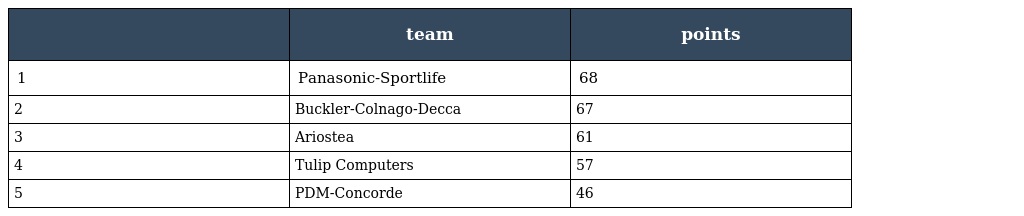
|  | team | points |
 | --- | --- | --- |
 | 1 | Panasonic-Sportlife | 68 |
 | 2 | Buckler-Colnago-Decca | 67 |
 | 3 | Ariostea | 61 |
 | 4 | Tulip Computers | 57 |
 | 5 | PDM-Concorde | 46 |